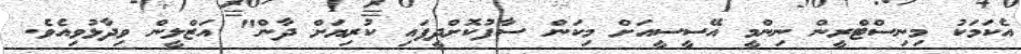
އެކަމަކު މިނިސްޓްރީން ނިންމީ އޭސީސީއަށް މިކަން ސާފުކޮށްދީފައި ކުރިޔަށް ދާން" އަޒްލީން ވިދާޅުވިއެވެ.